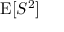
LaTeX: \operatorname { E } [ S ^ { 2 } ]